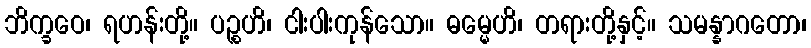
ဘိက္ခဝေ၊ ရဟန်းတို့။ ပဉ္စဟိ၊ ငါးပါးကုန်သော။ ဓမ္မေဟိ၊ တရားတို့နှင့်။ သမန္နာဂတော၊